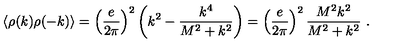
\langle \rho ( k ) \rho ( - k ) \rangle = \left( { \frac { e } { 2 \pi } } \right) ^ { 2 } \left( k ^ { 2 } - { \frac { k ^ { 4 } } { M ^ { 2 } + k ^ { 2 } } } \right) = \left( { \frac { e } { 2 \pi } } \right) ^ { 2 } { \frac { M ^ { 2 } k ^ { 2 } } { M ^ { 2 } + k ^ { 2 } } } \ .